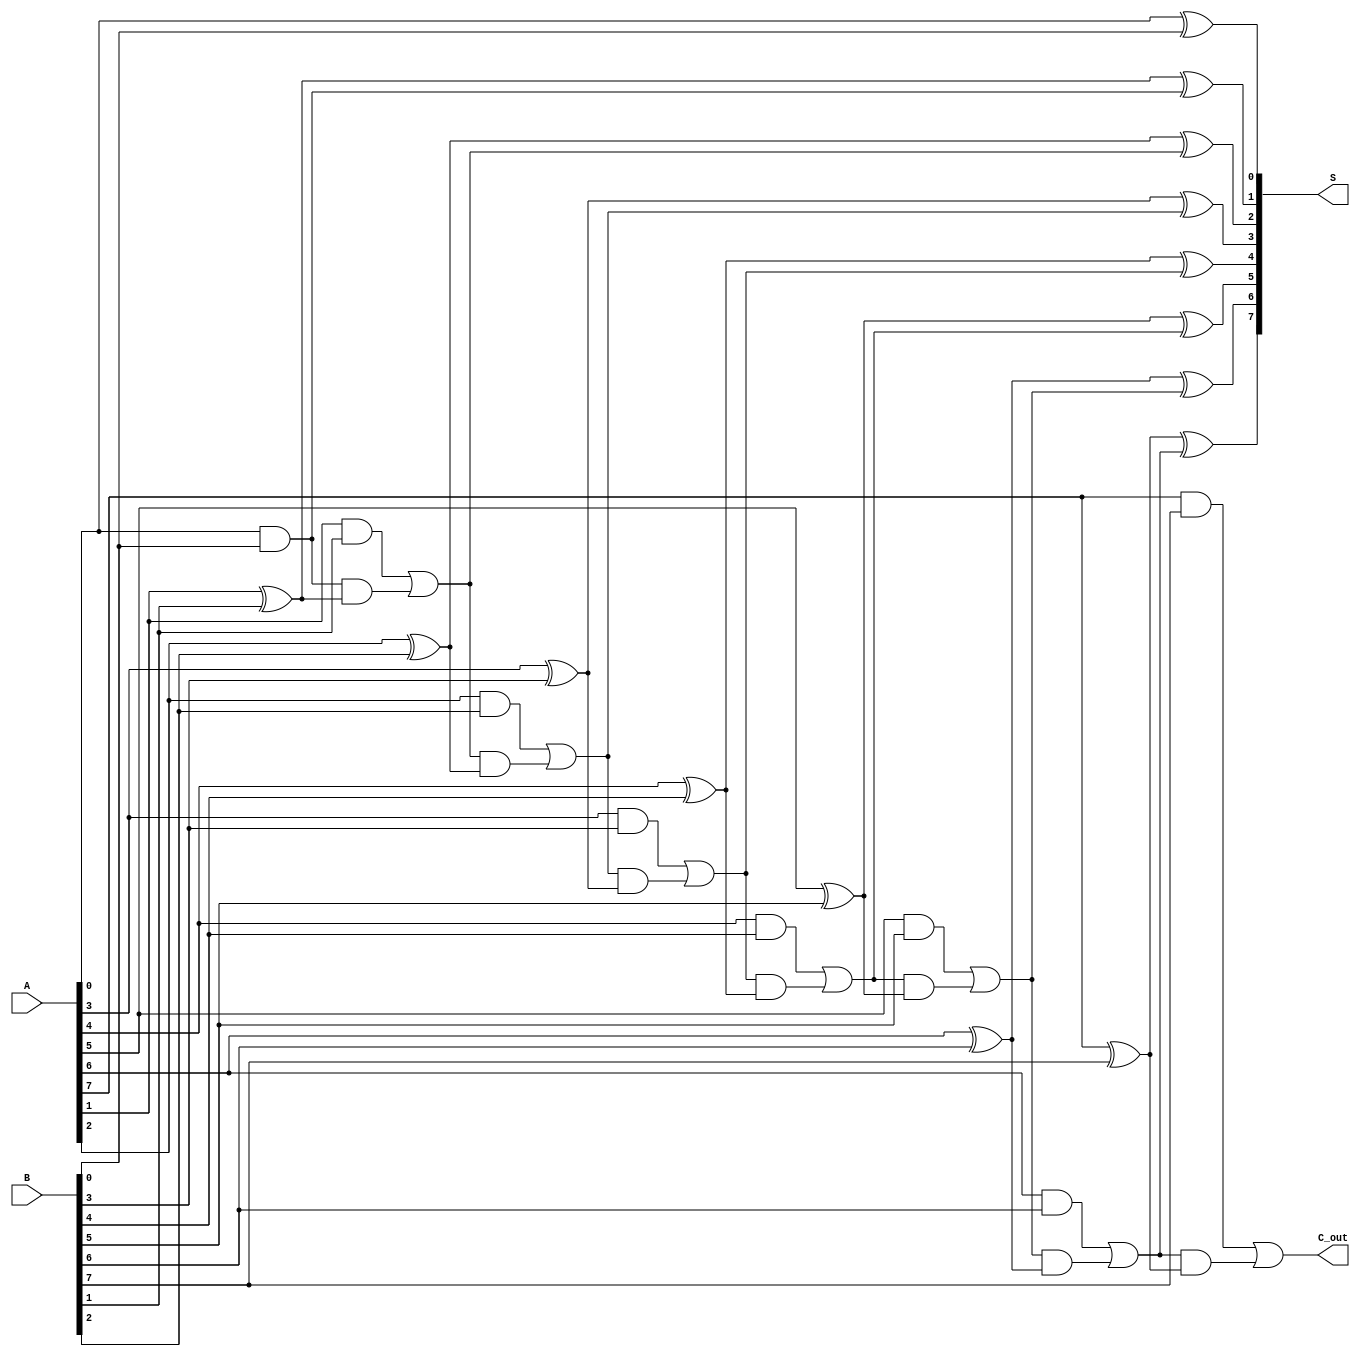
module ManchesterCarryChainAdder #(parameter N = 8) (
    input  [N-1:0] A,     // First operand
    input  [N-1:0] B,     // Second operand
    output [N-1:0] S,     // Sum output
    output         C_out   // Carry-out
);

    // Intermediate carry signals
    wire [N:0] C; // C[0] is the carry-in, C[1] to C[N] are the carry outputs

    // Initial carry-in is assumed to be 0
    assign C[0] = 1'b0;

    // Carry generation logic (first phase)
    genvar i;
    generate
        for (i = 0; i < N; i = i + 1) begin : carry_generation
            assign C[i+1] = (A[i] & B[i]) | (C[i] & (A[i] ^ B[i]));
        end
    endgenerate

    // Sum computation (second phase)
    generate
        for (i = 0; i < N; i = i + 1) begin : sum_computation
            assign S[i] = A[i] ^ B[i] ^ C[i];
        end
    endgenerate

    // Final carry-out
    assign C_out = C[N];

endmodule